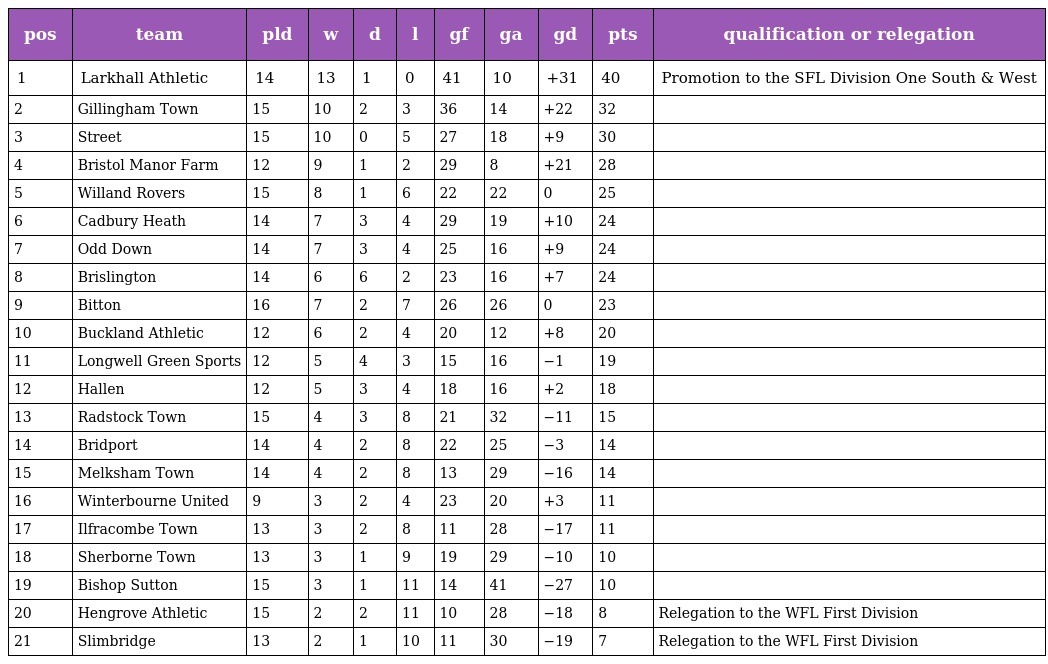
| pos | team | pld | w | d | l | gf | ga | gd | pts | qualification or relegation |
 | --- | --- | --- | --- | --- | --- | --- | --- | --- | --- | --- |
 | 1 | Larkhall Athletic | 14 | 13 | 1 | 0 | 41 | 10 | +31 | 40 | Promotion to the SFL Division One South & West |
 | 2 | Gillingham Town | 15 | 10 | 2 | 3 | 36 | 14 | +22 | 32 |  |
 | 3 | Street | 15 | 10 | 0 | 5 | 27 | 18 | +9 | 30 |  |
 | 4 | Bristol Manor Farm | 12 | 9 | 1 | 2 | 29 | 8 | +21 | 28 |  |
 | 5 | Willand Rovers | 15 | 8 | 1 | 6 | 22 | 22 | 0 | 25 |  |
 | 6 | Cadbury Heath | 14 | 7 | 3 | 4 | 29 | 19 | +10 | 24 |  |
 | 7 | Odd Down | 14 | 7 | 3 | 4 | 25 | 16 | +9 | 24 |  |
 | 8 | Brislington | 14 | 6 | 6 | 2 | 23 | 16 | +7 | 24 |  |
 | 9 | Bitton | 16 | 7 | 2 | 7 | 26 | 26 | 0 | 23 |  |
 | 10 | Buckland Athletic | 12 | 6 | 2 | 4 | 20 | 12 | +8 | 20 |  |
 | 11 | Longwell Green Sports | 12 | 5 | 4 | 3 | 15 | 16 | −1 | 19 |  |
 | 12 | Hallen | 12 | 5 | 3 | 4 | 18 | 16 | +2 | 18 |  |
 | 13 | Radstock Town | 15 | 4 | 3 | 8 | 21 | 32 | −11 | 15 |  |
 | 14 | Bridport | 14 | 4 | 2 | 8 | 22 | 25 | −3 | 14 |  |
 | 15 | Melksham Town | 14 | 4 | 2 | 8 | 13 | 29 | −16 | 14 |  |
 | 16 | Winterbourne United | 9 | 3 | 2 | 4 | 23 | 20 | +3 | 11 |  |
 | 17 | Ilfracombe Town | 13 | 3 | 2 | 8 | 11 | 28 | −17 | 11 |  |
 | 18 | Sherborne Town | 13 | 3 | 1 | 9 | 19 | 29 | −10 | 10 |  |
 | 19 | Bishop Sutton | 15 | 3 | 1 | 11 | 14 | 41 | −27 | 10 |  |
 | 20 | Hengrove Athletic | 15 | 2 | 2 | 11 | 10 | 28 | −18 | 8 | Relegation to the WFL First Division |
 | 21 | Slimbridge | 13 | 2 | 1 | 10 | 11 | 30 | −19 | 7 | Relegation to the WFL First Division |